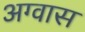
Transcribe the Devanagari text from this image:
अग्वास